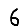
Digit: 6